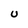
Character: U